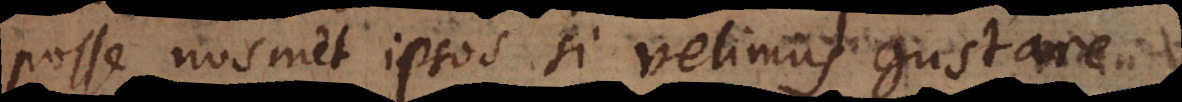
posse nosmet ipsos si velimus gustare